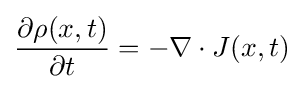
{\frac {\partial \rho (x,t)}{\partial t}}=-\nabla \cdot J(x,t)